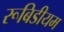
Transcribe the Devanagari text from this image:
रूबिडीयम